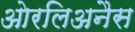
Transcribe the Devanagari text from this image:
ओरलिअनैस